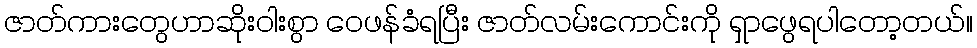
ဇာတ်ကားတွေဟာဆိုးဝါးစွာ ဝေဖန်ခံရပြီး ဇာတ်လမ်းကောင်းကို ရှာဖွေရပါတော့တယ်။